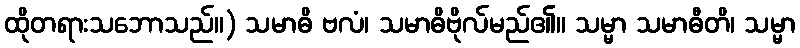
ထိုတရားသဘောသည်။) သမာဓိ ဗလံ၊ သမာဓိဗိုလ်မည်၏။ သမ္မာ သမာဓီတိ၊ သမ္မာ